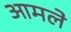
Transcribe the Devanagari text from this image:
आमले